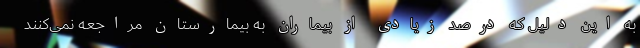
به این دلیل که درصد زیادی از بیماران به بیمارستان مراجعه نمی‌کنند